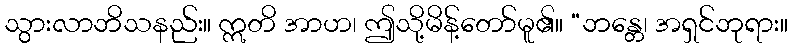
သွားလာဘိသနည်း။ ဣတိ အာဟ၊ ဤသို့မိန့်တော်မူ၏။ “ဘန္တေ၊ အရှင်ဘုရား။